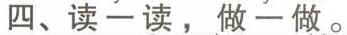
四、读-读，做-做